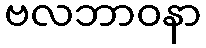
ဗလဘာဝနာ